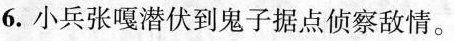
6.小兵张嘎潜伏到鬼子据点侦察敌情。